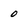
Character: 0